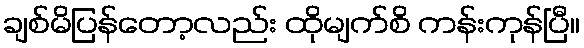
ချစ်မိပြန်တော့လည်း ထိုမျက်စိ ကန်းကုန်ပြီ။